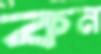
কন